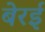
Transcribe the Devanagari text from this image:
बेरई